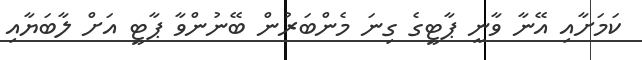
ކަމަށާއި އޭނާ ވާނީ ޕާޓީގެ ގިނަ މެންބަރުން ބޭނުންވާ ޕާޓީ އަށް ލާބަޔާއި